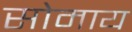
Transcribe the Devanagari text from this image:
सोमाय